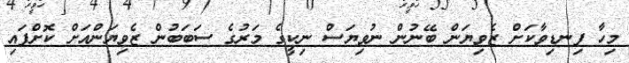
މިހާ ފިނޑިވާކަށް ޒެވިޔަން ބޭނުން ނުވިޔަސް ނިކީގެ މަރުގެ ސަބަބުން ޒެވިޔަންއަށް ކޮށްފައި